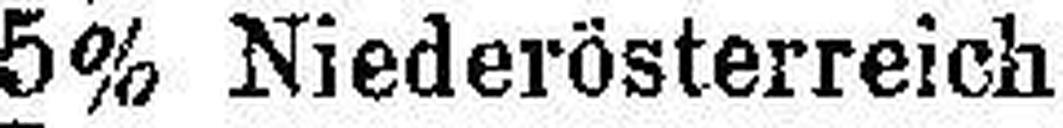
5% Niederösterreich ... „ „ „ „